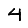
Digit: 4